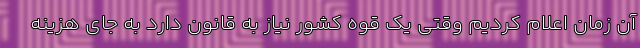
آن زمان اعلام کردیم وقتی یک قوه کشور نیاز به قانون دارد به جای هزینه